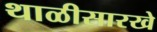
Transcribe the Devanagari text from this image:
थाळीसारखे